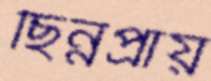
ছিন্নপ্রায়